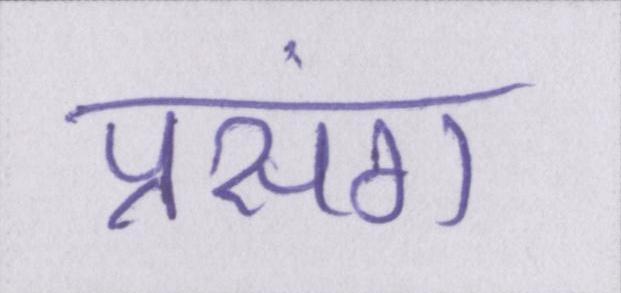
प्रसंग